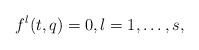
LaTeX: \begin{align*}f^l(t,q)=0, l=1,\dots,s,\end{align*}